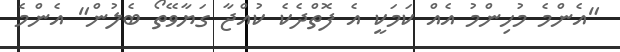
"އެންމެ މުހިންމު އެއް ކަމަކީ އެ ފޮތްދެކެ ކުއްޖާ ގަޔާވޭތޯ ބެލުން" އެންމެ